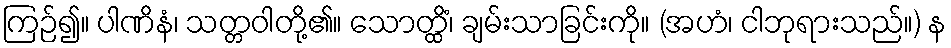
ကြဉ်၍။ ပါဏိနံ၊ သတ္တဝါတို့၏။ သောတ္ထိံ၊ ချမ်းသာခြင်းကို။ (အဟံ၊ ငါဘုရားသည်။) န